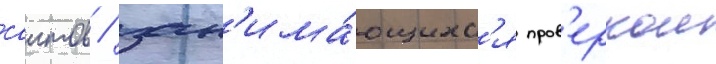
саитов / зан'има́ющихс'я пров'еркои